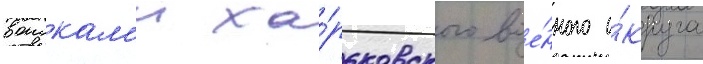
воискам'и ха́рьковского вое́нного о́круга